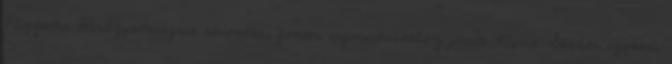
Független Hírügynökségnek elmondta, fontos információkhoz jutott Képíró Sándor egykori